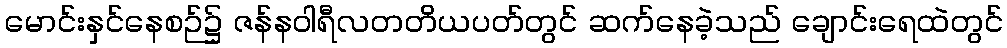
မောင်းနှင်နေစဉ်၌ ဇန်နဝါရီလတတိယပတ်တွင် ဆက်နေခဲ့သည် ချောင်းရေထဲတွင်